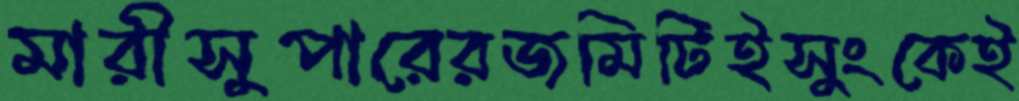
মারীসুপারেরজমিটিইসুংকেই